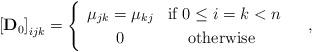
LaTeX: \begin{align*}\left[\mathbf{D}_{0}\right]_{ijk}=\begin{cases}\begin{array}{cc}\mu_{jk}=\mu_{kj} & \mbox{if }0\le i=k<n\\0 & \mbox{otherwise }\end{array}\end{cases},\end{align*}